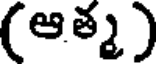
(ఆత్మ)